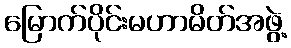
မြောက်ပိုင်းမဟာမိတ်အဖွဲ့